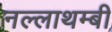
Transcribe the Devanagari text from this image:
नल्लाथम्बी